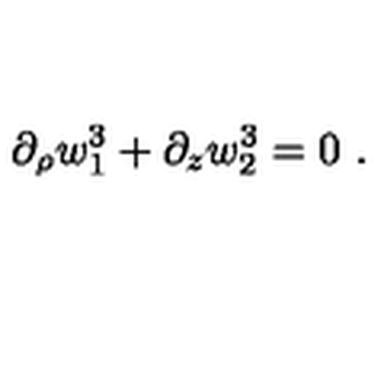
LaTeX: \partial _ { \rho } w _ { 1 } ^ { 3 } + \partial _ { z } w _ { 2 } ^ { 3 } = 0 \ .